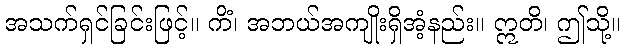
အသက်ရှင်ခြင်းဖြင့်။ ကိံ၊ အဘယ်အကျိုးရှိအံ့နည်း။ ဣတိ၊ ဤသို့။